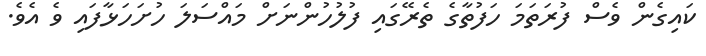
ކައިގެން ވެސް ފުރަތަމަ ހަފުތާގެ ތެރޭގައި ފުލުހުންނަށް މައްސަލަ ހުށަހަޅާފައި ވެ އެވެ.